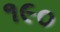
૧૯૦